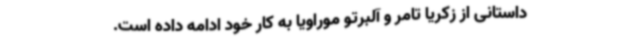
داستانی از زکریا تامر و آلبرتو موراویا به کار خود ادامه داده است.